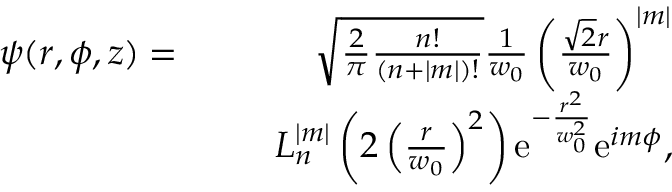
\begin{array} { r l r } { \psi ( r , \phi , z ) = } & { } & { \sqrt { \frac { 2 } { \pi } \frac { n ! } { ( n + | m | ) ! } } \frac { 1 } { w _ { 0 } } \left( \frac { \sqrt { 2 } r } { w _ { 0 } } \right) ^ { | m | } } \\ & { } & { \ \ L _ { n } ^ { | m | } \left( 2 \left( \frac { r } { w _ { 0 } } \right) ^ { 2 } \right) \mathrm { e } ^ { - \frac { r ^ { 2 } } { w _ { 0 } ^ { 2 } } } \mathrm { e } ^ { i m \phi } , } \end{array}